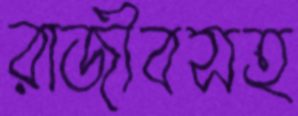
রাজীবসহ